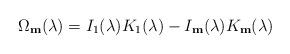
LaTeX: \begin{align*}\Omega_{\mathbf{m}}(\lambda)=I_{1}(\lambda)K_{1}(\lambda)-I_{\mathbf{m}}(\lambda)K_{\mathbf{m}}(\lambda)\end{align*}